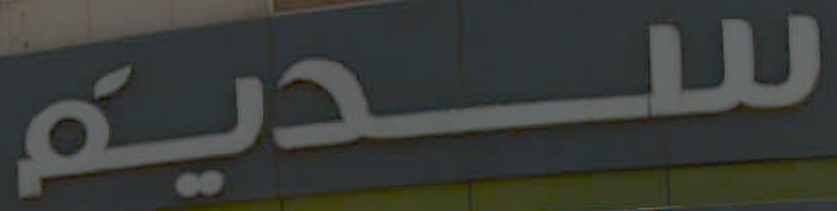
سديم